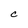
Character: C